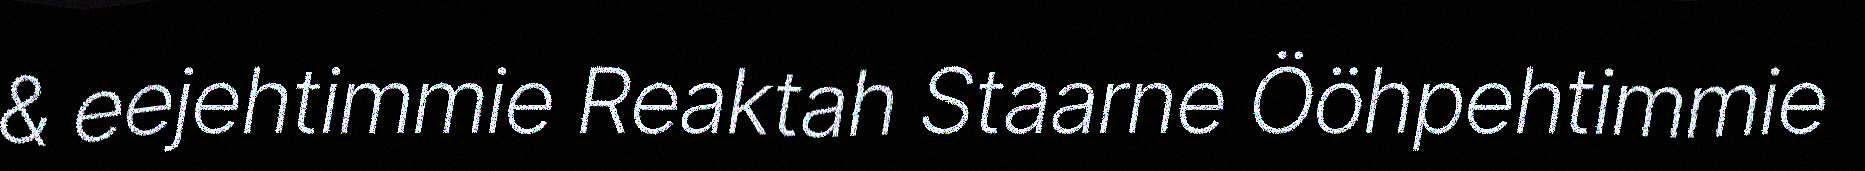
& eejehtimmie Reaktah Staarne Ööhpehtimmie